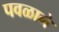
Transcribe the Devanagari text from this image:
पवळाने